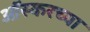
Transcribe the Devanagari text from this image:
ऑस्करच्या